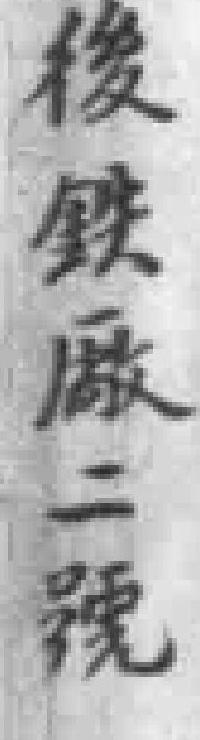
後鉄廠二號